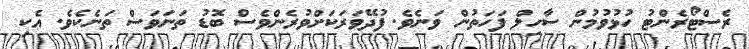
ރެސްޓޯރެންޓު ހުޅުވުމުން ސާހިލް ފަހަތުން ވަނެވެ. ފުދޭވަރަކަށްވުރެންވެސް ބޮޑު ތަނަވަސް ތަނެކެވެ. އެކި